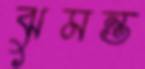
ঝুমন্ত